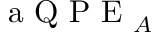
\textrm { a Q P E } _ { A }